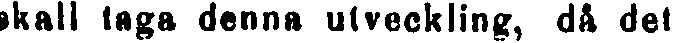
skall taga denna utveckling, då det